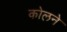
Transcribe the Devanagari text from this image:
कोलने